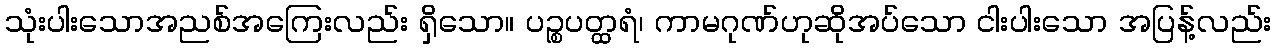
သုံးပါးသောအညစ်အကြေးလည်း ရှိသော။ ပဉ္စပတ္ထရံ၊ ကာမဂုဏ်ဟုဆိုအပ်သော ငါးပါးသော အပြန့်လည်း